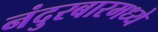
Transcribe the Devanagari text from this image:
नंदुरबारमध्ये